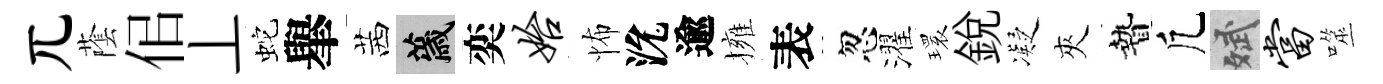
兀䕃佀丄蛇𦦙茜薉奕始怖沇逾擁表忽濯𤨔銳凝夾贄凢斌当噬